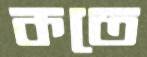
কতে